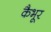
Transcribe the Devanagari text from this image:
कैभूर